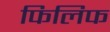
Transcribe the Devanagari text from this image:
फिलिफ